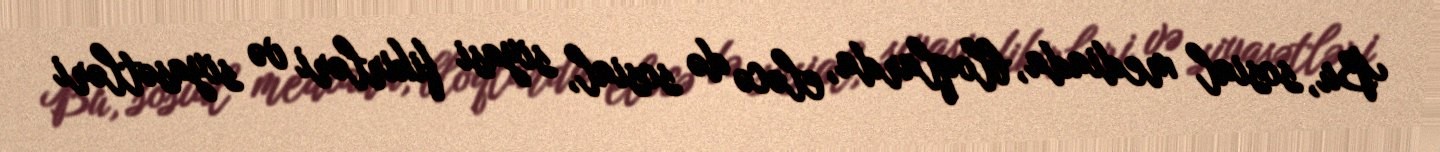
Bu, sosial mediada, bloqlarda, eləcə də sosial, siyasi fikirləri və siyasətləri